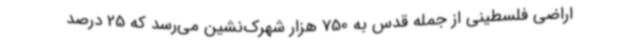
اراضی فلسطینی از جمله قدس به 750 هزار شهرک‌نشین می‌رسد که 25 درصد